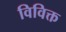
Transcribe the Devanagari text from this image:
विविक्त